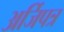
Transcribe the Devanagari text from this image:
अर्जिपत्र